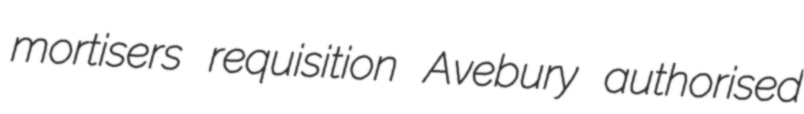
mortisers requisition Avebury authorised